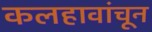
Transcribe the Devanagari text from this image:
कलहावांचून